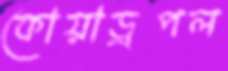
কোয়াড্রপল